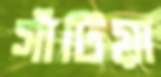
সাঁটিয়া